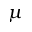
\mu